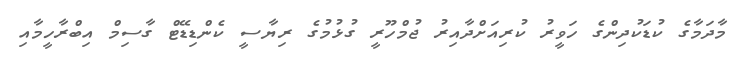
މާދަމާގެ ކުޑަކުދިންގެ ހަވީރު ކުރިއަށްދާއިރު ޖުމްހޫރީ ގުޅުމުގެ ރިޔާސީ ކެންޑިޑޭޓް ގާސިމް އިބްރާހީމާއި